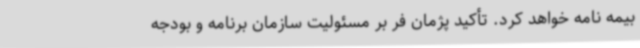
بیمه نامه خواهد کرد. تأکید پژمان فر بر مسئولیت سازمان برنامه و بودجه